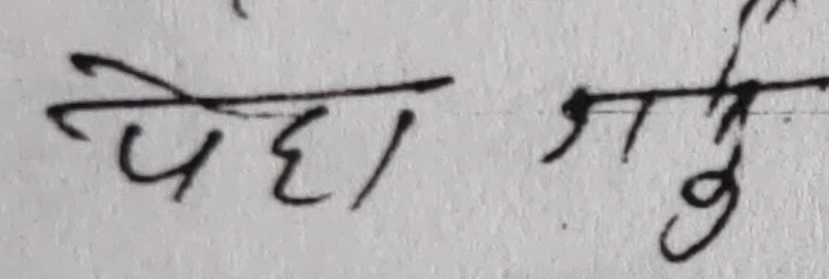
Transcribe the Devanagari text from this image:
पेहा ज्ञे